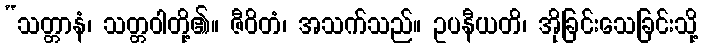
“သတ္တာနံ၊ သတ္တဝါတို့၏။ ဇီဝိတံ၊ အသက်သည်။ ဥပနီယတိ၊ အိုခြင်းသေခြင်းသို့